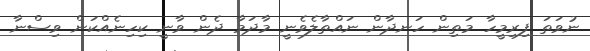
ނުވަތަ ފިރިމީހާ މަތިން ހަނދާން ނައްތާލެވެނީ މާދަމާ ދެން ވާނީ ކިހިނެއްކަން ވިސްނާ